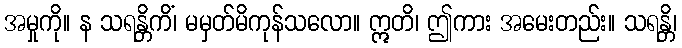
အမှုကို။ န သရန္တိကိံ၊ မမှတ်မိကုန်သလော။ ဣတိ၊ ဤကား အမေးတည်း။ သရန္တိ၊